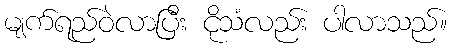
မျက်ရည်ဝဲလာပြီး ငိုသံလည်း ပါလာသည်။